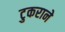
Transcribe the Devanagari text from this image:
टुकराने